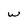
Character: w